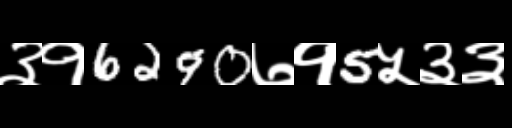
Text: ३१6290७१5५३३